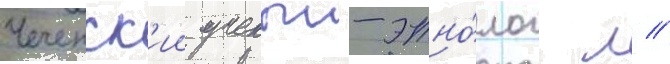
Чеченск'ии ученыи-этно́лог л //